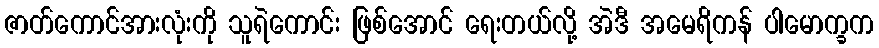
ဇာတ်ကောင်အားလုံးကို သူရဲကောင်း ဖြစ်အောင် ရေးတယ်လို့ အဲဒီ အမေရိကန် ပါမောက္ခက